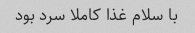
با سلام غذا کاملا سرد بود